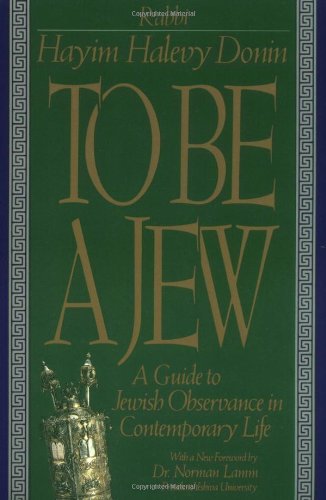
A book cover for To Be A Jew: A Guide To Jewish Observance In Contemporary Life; Hayim H. Donin; Religion & Spirituality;